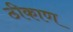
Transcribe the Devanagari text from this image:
ठीकाण